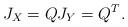
LaTeX: \begin{align*}J_X = Q J_Y = Q^T .\end{align*}